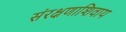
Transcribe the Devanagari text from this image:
संरक्षणाशिवाय